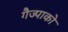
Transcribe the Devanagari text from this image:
गैज्पाको